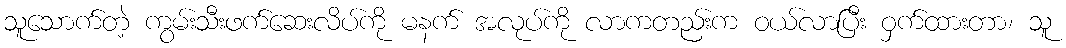
သူသောက်တဲ့ ကွမ်းသီးဖက်ဆေးလိပ်ကို မနက် အလုပ်ကို လာကတည်းက ဝယ်လာပြီး ဝှက်ထားတာ၊ သူ